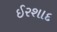
ઈરશાદ